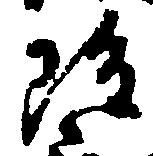
雖